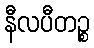
နီလပီတဉ္စ